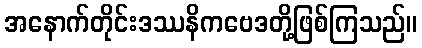
အနောက်တိုင်းဒဿနိကဗေဒတို့ဖြစ်ကြသည်။